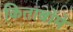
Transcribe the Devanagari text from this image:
किताबोंमे